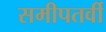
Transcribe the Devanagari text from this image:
समीपतर्वी